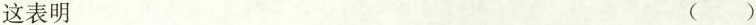
这表明 ()